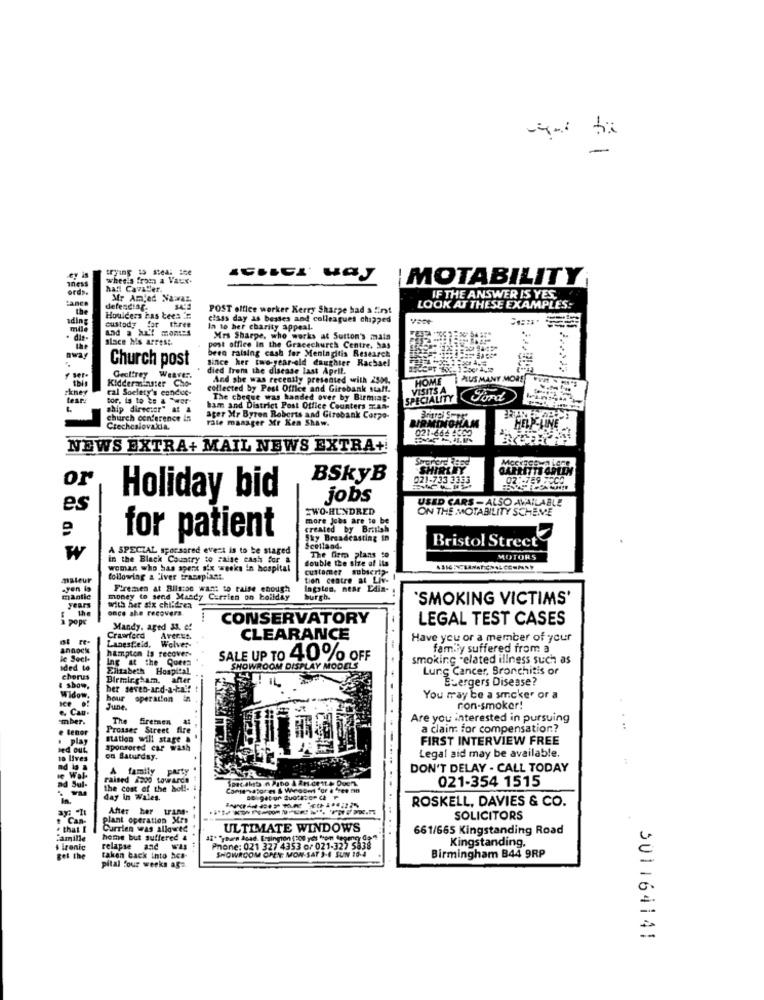
-
trying to steal ice
wheels from a Vaux.
|MOTABILITY
haft Cavaler.
Banco
Mr Amjed Nawaz.
IF THE ANSWER IS YES,
the
defending
POST office worker Kerry Sharpe had a fint
LOOK AT THESE EXAMPLES:
nding
Houlcers has tees
class day as bestes and colleagues chipped
custody for three
la to her charity appeal.
lace his arrest.
Mrs Sharpe, who works at Sutton's main
post office in the Gracechurch Centre, Sas
been raising cash for Meningitis Research
Church post
Since her two-year-old daughter Rachael
died from the disease last April.
ver.
Kidderminster Cho-
Geattrey Weaver.
And she was recently presented with 2500.
HOME | PLUSMANY MORE
ral Soelety's conduc-
collected by Post Office and Girebank staff.
VISITS A
tor. is to be a "war
The cheque was handed over by Birmiag.
SPECIALITY
Ford
ship director" at &
ham and District Post Office Counters TA8-
church conference in
ager Mr Byron Roberts and Girebank Corpo-
rale manager Mr Kea Shaw.
IRMINGHAM
Czechoslovakia.
021-664 4600
HELP-LINE
NEWS EXTRA+ MAIL NEWS EXTRA+!
SHIRLEY
GARRETTI GREEN
or
BSkyB
021-733 3385
07 :- 789 7000
Holiday bid
jobs
USED CARS - ALSO AVAILABLE
es
TWO.HUNDRED
ON THE MOTABILITY SCHEME
more Jobs are to be
created by British
for patient
Sky Broadcasting in
A SPECIAL sporsared event is to be staged
Scotland.
Bristol Street
₩
in the Black Country to raise cash for a
double the size of its
The firm plans to
MOTORS
woman who has spent six weeks in hospital
customer subscri ?-
maleur
following & liver transplant.
tien centre at Live !
Firemen at Bilson want to raise enough
Ingaten, near Edin-
mantic
money to send Masdy Carsien on holiday
burgh.
'SMOKING VICTIMS'
years
with her six children
once she recovera.
pope
CONSERVATORY
LEGAL TEST CASES
Mandy. aged 33. e!
Crawford
Avecst.
CLEARANCE
Have you or a member of your
anno
hampton is recover-
Lanesfield. Wolver-
family suffered from a
ic Sechs
Ing at the Queen
SALE UP TO 40 % OFF
smoking -elated illness such as
ided to
Elizabeth Hospital
SHOWROOM DISPL
MODELS
Lung Cancer, Bronchitis or
chorus
Birmingham.
after
Buergers Disease?
& Show.
her seven-ard.acht:
Widow.
hour operation in
You may be a smoker or a
., Can
June.
ron-smoker!
-mber.
The Bremen
Are you interested in pursuing
e tenor
Prosser Street fire
a claim for compensation?
. play
station will stage
FIRST INTERVIEW FREE
sponsored car wash
to lives
on Saturday.
Legal aid may be available.
nd is a
A family
PASTY
DON'T DELAY . CALL TODAY
raised 4200 towards
021-354 1515
ad Sul-
the cost of the hol !-
In.
day in Wales.
ROSKELL, DAVIES & CO.
After her trans-
Can-
plant operation Mrs
SOLICITORS
# that I
Currien was allowed
ULTIMATE WINDOWS
661/665 Kingstanding Road
Famille
home but suffered &
/362 of 021:325 5338
Kingstanding.
s Tronic
relapse and
SHOWROOM OPEN; MON-SAT J-4 SUN 16-4
Birmingham B44 9RP
get the
taken back into hca-
pital four weeks aga.
301164141